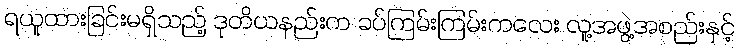
ရယူထားခြင်းမရှိသည့် ဒုတိယနည်းက ခပ်ကြမ်းကြမ်းကလေး လူ့အဖွဲ့အစည်းနှင့်